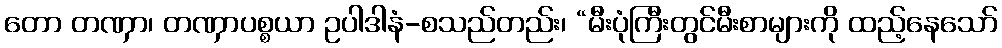
တော တဏှာ၊ တဏှာပစ္စယာ ဥပါဒါနံ-စသည်တည်း၊ “မီးပုံကြီးတွင်မီးစာများကို ထည့်နေသော်